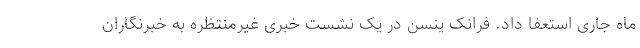
ماه جاری استعفا داد. فرانک ینسن در یک نشست خبری غیرمنتظره به خبرنگاران